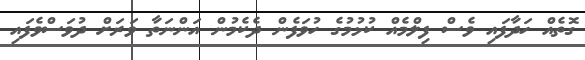
ގޮތެއް ހަދާފައި ވެސް ފިލްމެއް ކުޅުމުގެ ހުވަފެން ދެކެމުން އަންނަތާ ވަރަށް ދުވަސްވެފައި